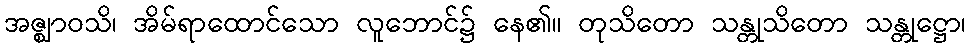
အဇ္ဈာဝသိ၊ အိမ်ရာထောင်သော လူဘောင်၌ နေ၏။ တုသိတော သန္တုသိတော သန္တုဋ္ဌော၊